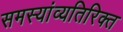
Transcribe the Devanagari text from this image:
समस्यांव्यतिरिक्त